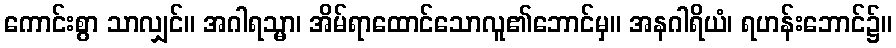
ကောင်းစွာ သာလျှင်။ အဂါရသ္မာ၊ အိမ်ရာထောင်သောလူ၏ဘောင်မှ။ အနဂါရိယံ၊ ရဟန်းဘောင်၌။